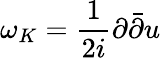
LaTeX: \omega_{K}=\frac{1}{2i}\partial{\bar{\partial}}u